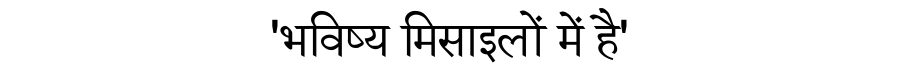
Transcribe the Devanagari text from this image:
'भविष्य मिसाइलों में है'